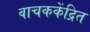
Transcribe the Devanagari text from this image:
वाचककेंद्रित